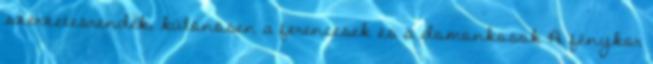
szerzetesrendek, különösen a ferencesek és a domonkosok A fénykor